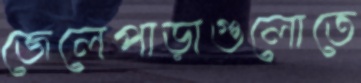
জেলেপাড়াগুলোতে